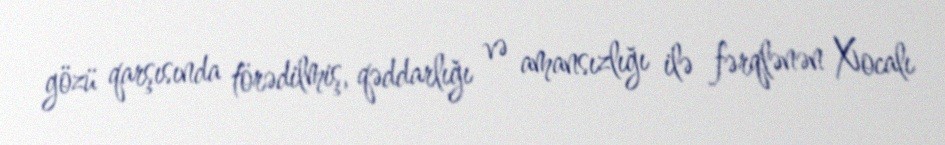
gözü qarşısında törədilmiş, qəddarlığı və amansızlığı ilə fərqlənən Xocalı